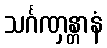
သင်္ဂဏှန္တာနံ